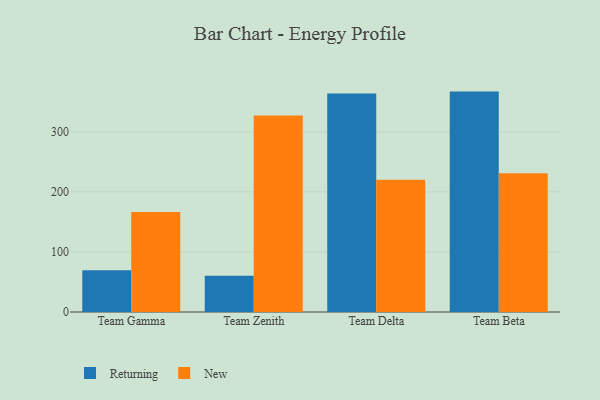
{"axis": {"x": "Team", "y": "Humidity (%)"}, "legend": ["New", "Returning"], "data": [{"x": "Team Gamma", "y": 69.3, "type": "Returning"}, {"x": "Team Gamma", "y": 166.3, "type": "New"}, {"x": "Team Zenith", "y": 60.5, "type": "Returning"}, {"x": "Team Zenith", "y": 327.2, "type": "New"}, {"x": "Team Delta", "y": 363.6, "type": "Returning"}, {"x": "Team Delta", "y": 220.1, "type": "New"}, {"x": "Team Beta", "y": 366.9, "type": "Returning"}, {"x": "Team Beta", "y": 230.9, "type": "New"}]}